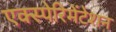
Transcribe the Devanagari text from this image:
एक्स्पेरिमेंटेशन